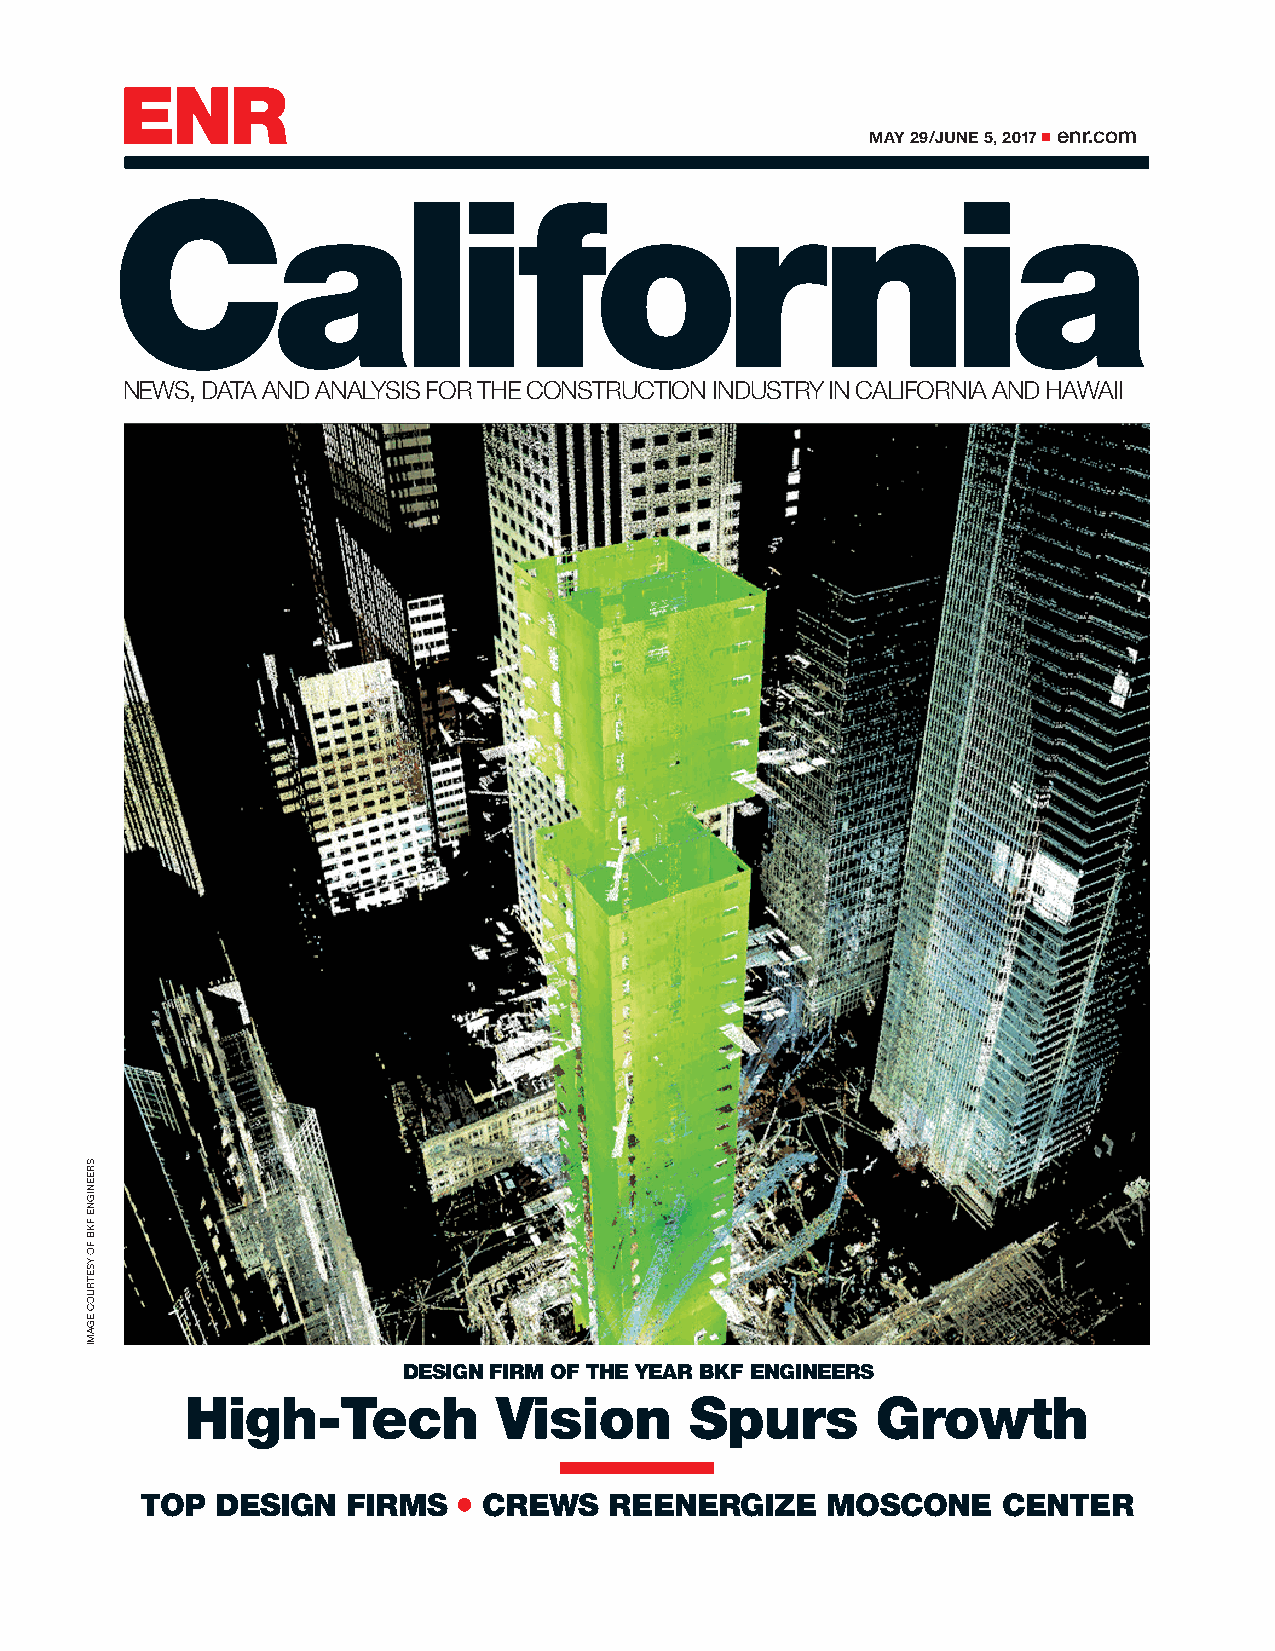
ENR
 MAY 29/JUNE 5, 2017 m enr.com
 California
 NEWS, DATA AND ANALYSIS FOR THE CONSTRUCTION INDUSTRY IN CALIFORNIA AND HAWAII
 DESIGN FIRM OF THE YEAR BKF ENGINEERS
 High-Tech            Vision       Spurs       Growth
 TOP  DESIGN   FIRMS  ● CREWS   REENERGIZE     MOSCONE    CENTER
 SREENIGNE
 FKB
 FO
 YSETRUOC
 EGAMI